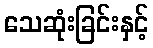
သေဆုံးခြင်းနှင့်